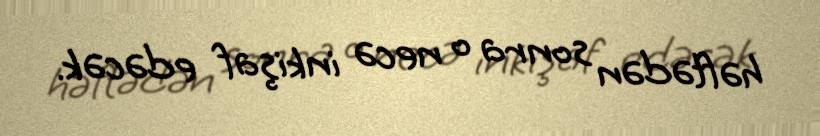
həftədən sonra o necə inkişaf edəcək.